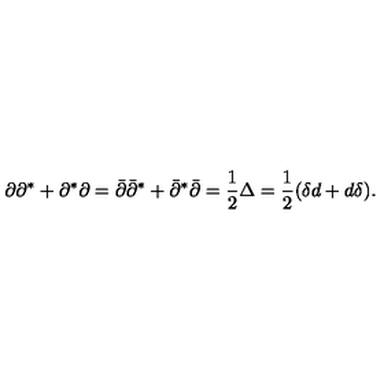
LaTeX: \partial \partial ^ { * } + \partial ^ { * } \partial = \bar { \partial } \bar { \partial } ^ { * } + \bar { \partial } ^ { * } \bar { \partial } = \frac 1 2 \Delta = \frac 1 2 ( \delta d + d \delta ) . \nonumber